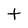
Character: t